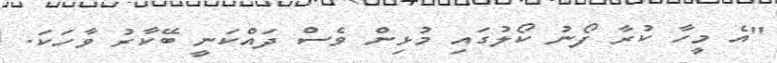
"އެ މީހާ ކުރާ ފޯނު ކޯލުގައި މުޅިން ވެސް ދައްކަނީ ބޭކާރު ވާހަކަ.